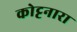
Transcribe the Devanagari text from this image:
कोट्टनारा